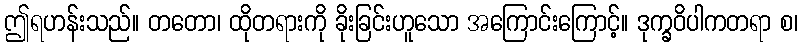
ဤရဟန်းသည်။ တတော၊ ထိုတရားကို ခိုးခြင်းဟူသော အကြောင်းကြောင့်။ ဒုက္ခဝိပါကတရာ စ၊